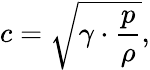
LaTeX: c={\sqrt{\gamma\cdot{\frac{p}{\rho}}}},